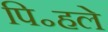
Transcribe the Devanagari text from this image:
पि॰हले